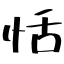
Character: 恬